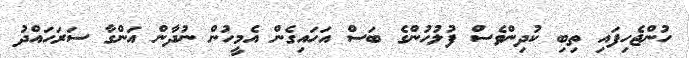
ހުންޖެހިފައި ތިބި ކުދިންވެސް ފުލުހުންގެ ބަސް އަހައިގެން އެމީހުން ނުދާން އަންގާ ސަރަހައްދު